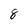
Character: 8